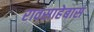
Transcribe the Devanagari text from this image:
रावसाहेबास